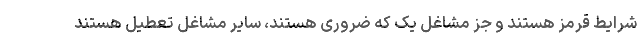
شرایط قرمز هستند و جز مشاغل یک که ضروری هستند، سایر مشاغل تعطیل هستند